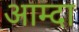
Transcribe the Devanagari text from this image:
आम्दा